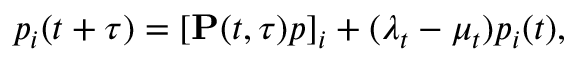
p _ { i } ( t + \tau ) = \left[ \mathbf { P } ( t , \tau ) p \right] _ { i } + ( \lambda _ { t } - \mu _ { t } ) p _ { i } ( t ) ,